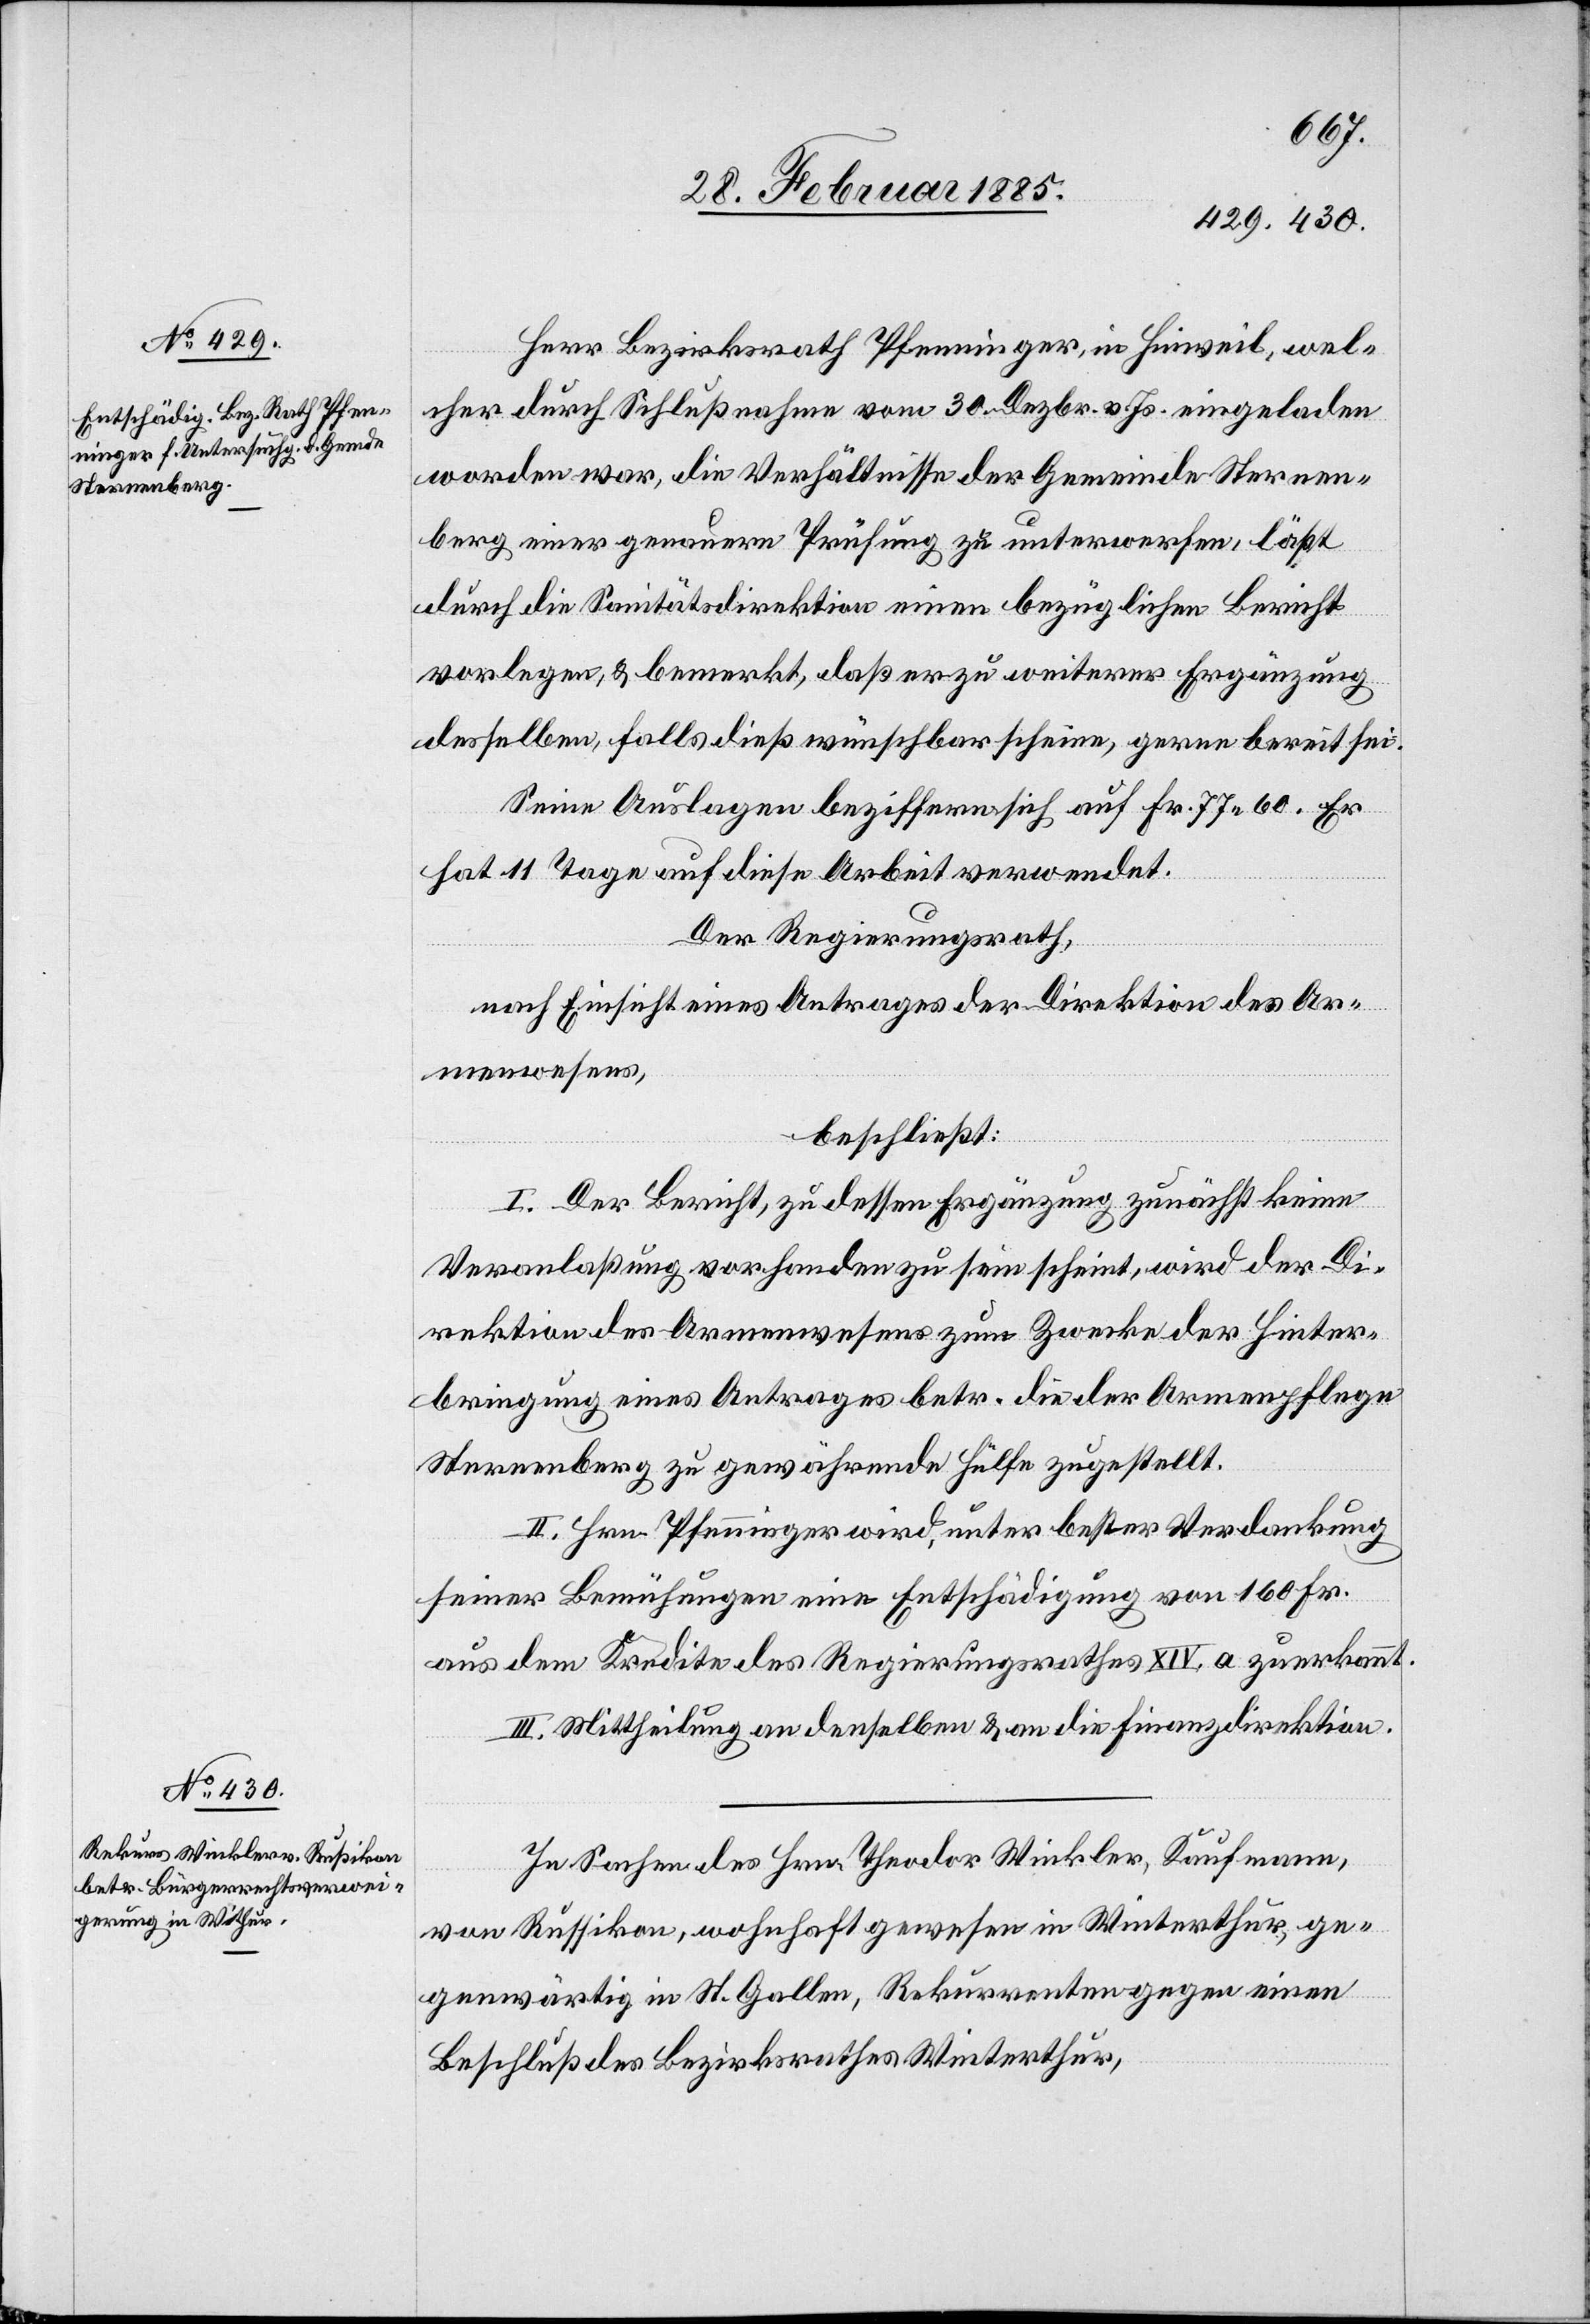
Herr Bezirksrath Pfenninger, in Hinweil, wel¬
cher durch Schlußnahme vom 30. Dezbr. v. Js. eingeladen
worden war, die Verhältnisse der Gemeinde Sternen¬
berg einer genauern Prüfung zu unterwerfen, läßt
durch die Sanitätsdirektion einen bezüglichen Bericht
vorlegen, & bemerkt, daß er zu weiterer Ergänzung
desselben, falls dieß wünschbar scheine, gerne bereit sei.
Seine Auslagen beziffern sich auf Fr. 77 60. Er
hat 11 Tage auf diese Arbeit verwendet.
Der Regierungsrath,
nach Einsicht eines Antrages der Direktion des Ar¬
menwesens,
beschließt:
I. Der Bericht, zu dessen Ergänzung zunächst keine
Veranlaßung vorhanden zu sein scheint, wird der Di¬
rektion des Armenwesens zum Zwecke der Hinter¬
bringung eines Antrages betr. die der Armenpflege
Sternenberg zu gewährende Hülfe zugestellt.
II. Hrn. Pfenninger wird, unter bester Verdankung
seiner Bemühungen eine Entschädigung von 160 Fr.
aus dem Kredit des Regierungsrathes XIV, a zuerkannt.
III. Mittheilung an denselben & an die Finanzdirektion.